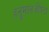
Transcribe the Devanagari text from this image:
हनु्मानजीपेटा